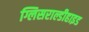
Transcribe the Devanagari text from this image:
ग्लिसराल्डीहाइड